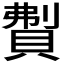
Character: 𬥚